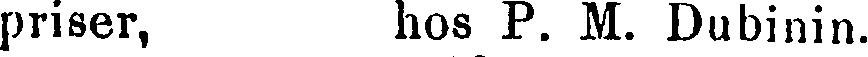
priser, hos P. M. Dubinin.